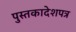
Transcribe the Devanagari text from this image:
पुस्तकादेशपत्र